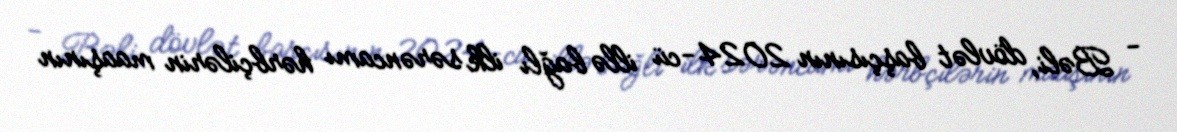
- Bəli, dövlət başçısının 2024-cü illə bağlı ilk sərəncamı hərbçilərin maaşının